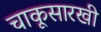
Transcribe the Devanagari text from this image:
चाकूसारखी